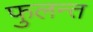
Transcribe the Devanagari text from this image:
फुलन्त